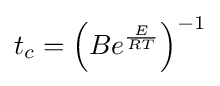
t_{c}=\left(Be^{\frac {E}{RT}}\right)^{-1}